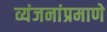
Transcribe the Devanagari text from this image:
व्यंजनांप्रमाणे